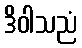
ဒိဝါသညံ